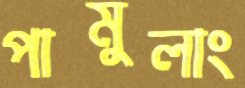
পামুলাং